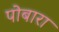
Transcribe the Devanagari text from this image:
पोबारा